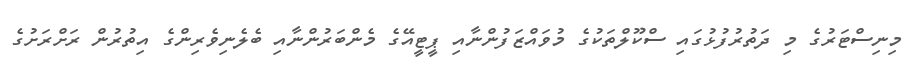
މިނިސްޓަރުގެ މި ދަތުރުފުޅުގައި ސްކޫލްތަކުގެ މުވައްޒަފުންނާއި ޕީޓީއޭގެ މެންބަރުންނާއި ބެލެނިވެރިންގެ އިތުރުން ރަށްރަށުގެ